Indian journal of veterinary science and animal husbandry - Volumes 18-21, 1948-1951
Year: 1948
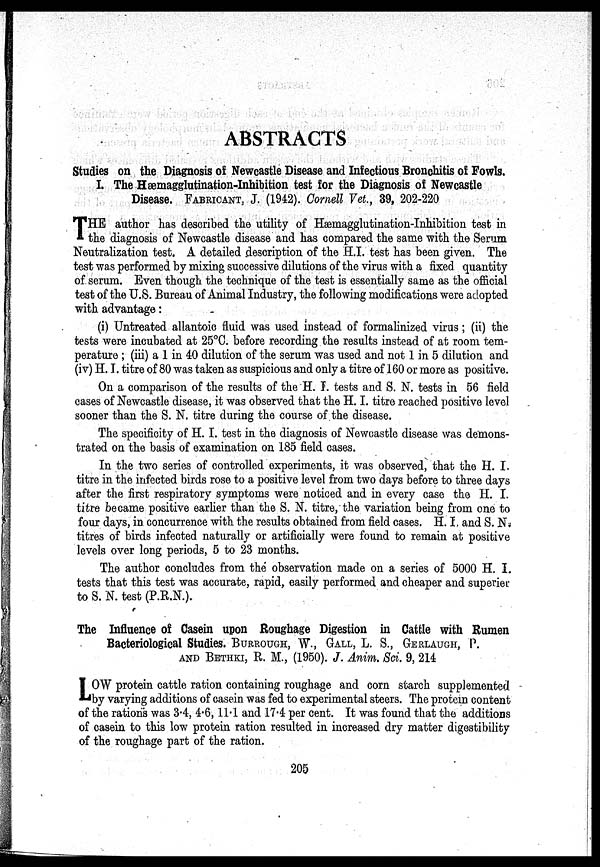
ABSTRACTS
Studies on the Diagnosis of Newcastle Disease and Infectious Bronchitis of Fowls.
I. The Hæmagglutination-Inhibition test for the Diagnosis of Newcastle
Disease. FABRICANT, J. (1942). Cornell Vet., 39, 202-220
T HE author has described the utility of Haemagglutination-Inhibition test in
the diagnosis of Newcastle disease and has compared the same with the Serum
Neutralization test. A detailed description of the H.I. test has been given. The
test was performed by mixing successive dilutions of the virus with a fixed quantity
of serum. Even though the technique of the test is essentially same as the official
test of the U.S. Bureau of Animal Industry, the following modifications were adopted
with advantage :
(i) Untreated allantoic fluid was used instead of formalinized virus ; (ii) the
tests were incubated at 25°C. before recording the results instead of at room tem-
perature ; (iii) a 1 in 40 dilution of the serum was used and not 1 in 5 dilution and
(iv) H. I. titre of 80 was taken as suspicious and only a titre of 160 or more as positive.
On a comparison of the results of the H. I. tests and S. N. tests in 56 field
cases of Newcastle disease, it was observed that the H. I. titre reached positive level
sooner than the S. N. titre during the course of the disease.
The specificity of H. I. test in the diagnosis of Newcastle disease was demons-
trated on the basis of examination on 185 field cases.
In the two series of controlled experiments, it was observed, that the H. I.
titre in the infected birds rose to a positive level from two days before to three days
after the first respiratory symptoms were noticed and in every case the H. I.
titre became positive earlier than the S. N. titre, the variation being from one to
four days, in concurrence with the results obtained from field cases. H. I. and S. N.
titres of birds infected naturally or artificially were found to remain at positive
levels over long periods, 5 to 23 months.
The author concludes from the observation made on a series of 5000 H. I.
tests that this test was accurate, rapid, easily performed and cheaper and superier
to S. N. test (P.R.N.).
The Influence of Casein upon Roughage Digestion in Cattle with Rumen
Bacteriological Studies. BURROUGH, W., GALL, L. S., GERLAUGH, P.
AND BETHKI, R. M., (1950). J. Anim. Sci. 9, 214
L OW protein cattle ration containing roughage and corn starch supplemented
by varying additions of casein was fed to experimental steers. The protein content
of the rations was 3.4, 4.6, 11.1 and 17.4 per cent. It was found that the additions
of casein to this low protein ration resulted in increased dry matter digestibility
of the roughage part of the ration.
205